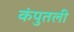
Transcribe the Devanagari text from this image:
कंपुतली